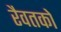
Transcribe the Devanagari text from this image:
रैवतको